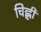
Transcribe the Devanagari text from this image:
चिह्ली